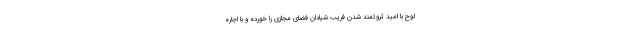
لوح با امید ثروتمند شدن فریب شیادان فضای مجازی را خورده و با اجاره